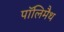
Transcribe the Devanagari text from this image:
पॉलिमैथ